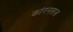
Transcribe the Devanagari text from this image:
कांरनसज़